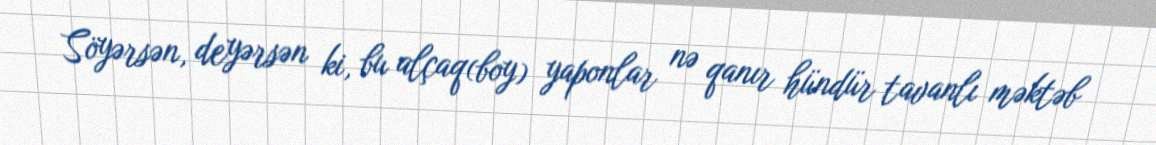
Söyərsən, deyərsən ki, bu alçaq(boy) yaponlar nə qanır hündür tavanlı məktəb